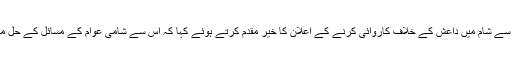
ایک سوال کے جواب میںانہوں نے سعودی عرب ، امارات ، قطر، ترکی اور دیگر اسلامی ممالک کی طرف سے شام میں داعش کے خلاف کاروائی کرنے کے اعلان کا خیر مقدم کرتے ہوئے کہا کہ اس سے شامی عوام کے مسائل کے حل میں مدد ملے گی اوریہ کوششیں عرب دنیا کے اندر پیدا کئے جانے والے انتشار کے خاتمے کا سبب بنیں گی۔